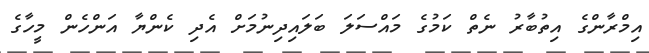
އިމްރާންގެ އިތުބާރު ނެތް ކަމުގެ މައްސަލަ ބަލައިދިނުމަށް އެދި ކެންޔާ އަންހެން މީހާގެ